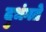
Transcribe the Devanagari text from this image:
दुभंगते